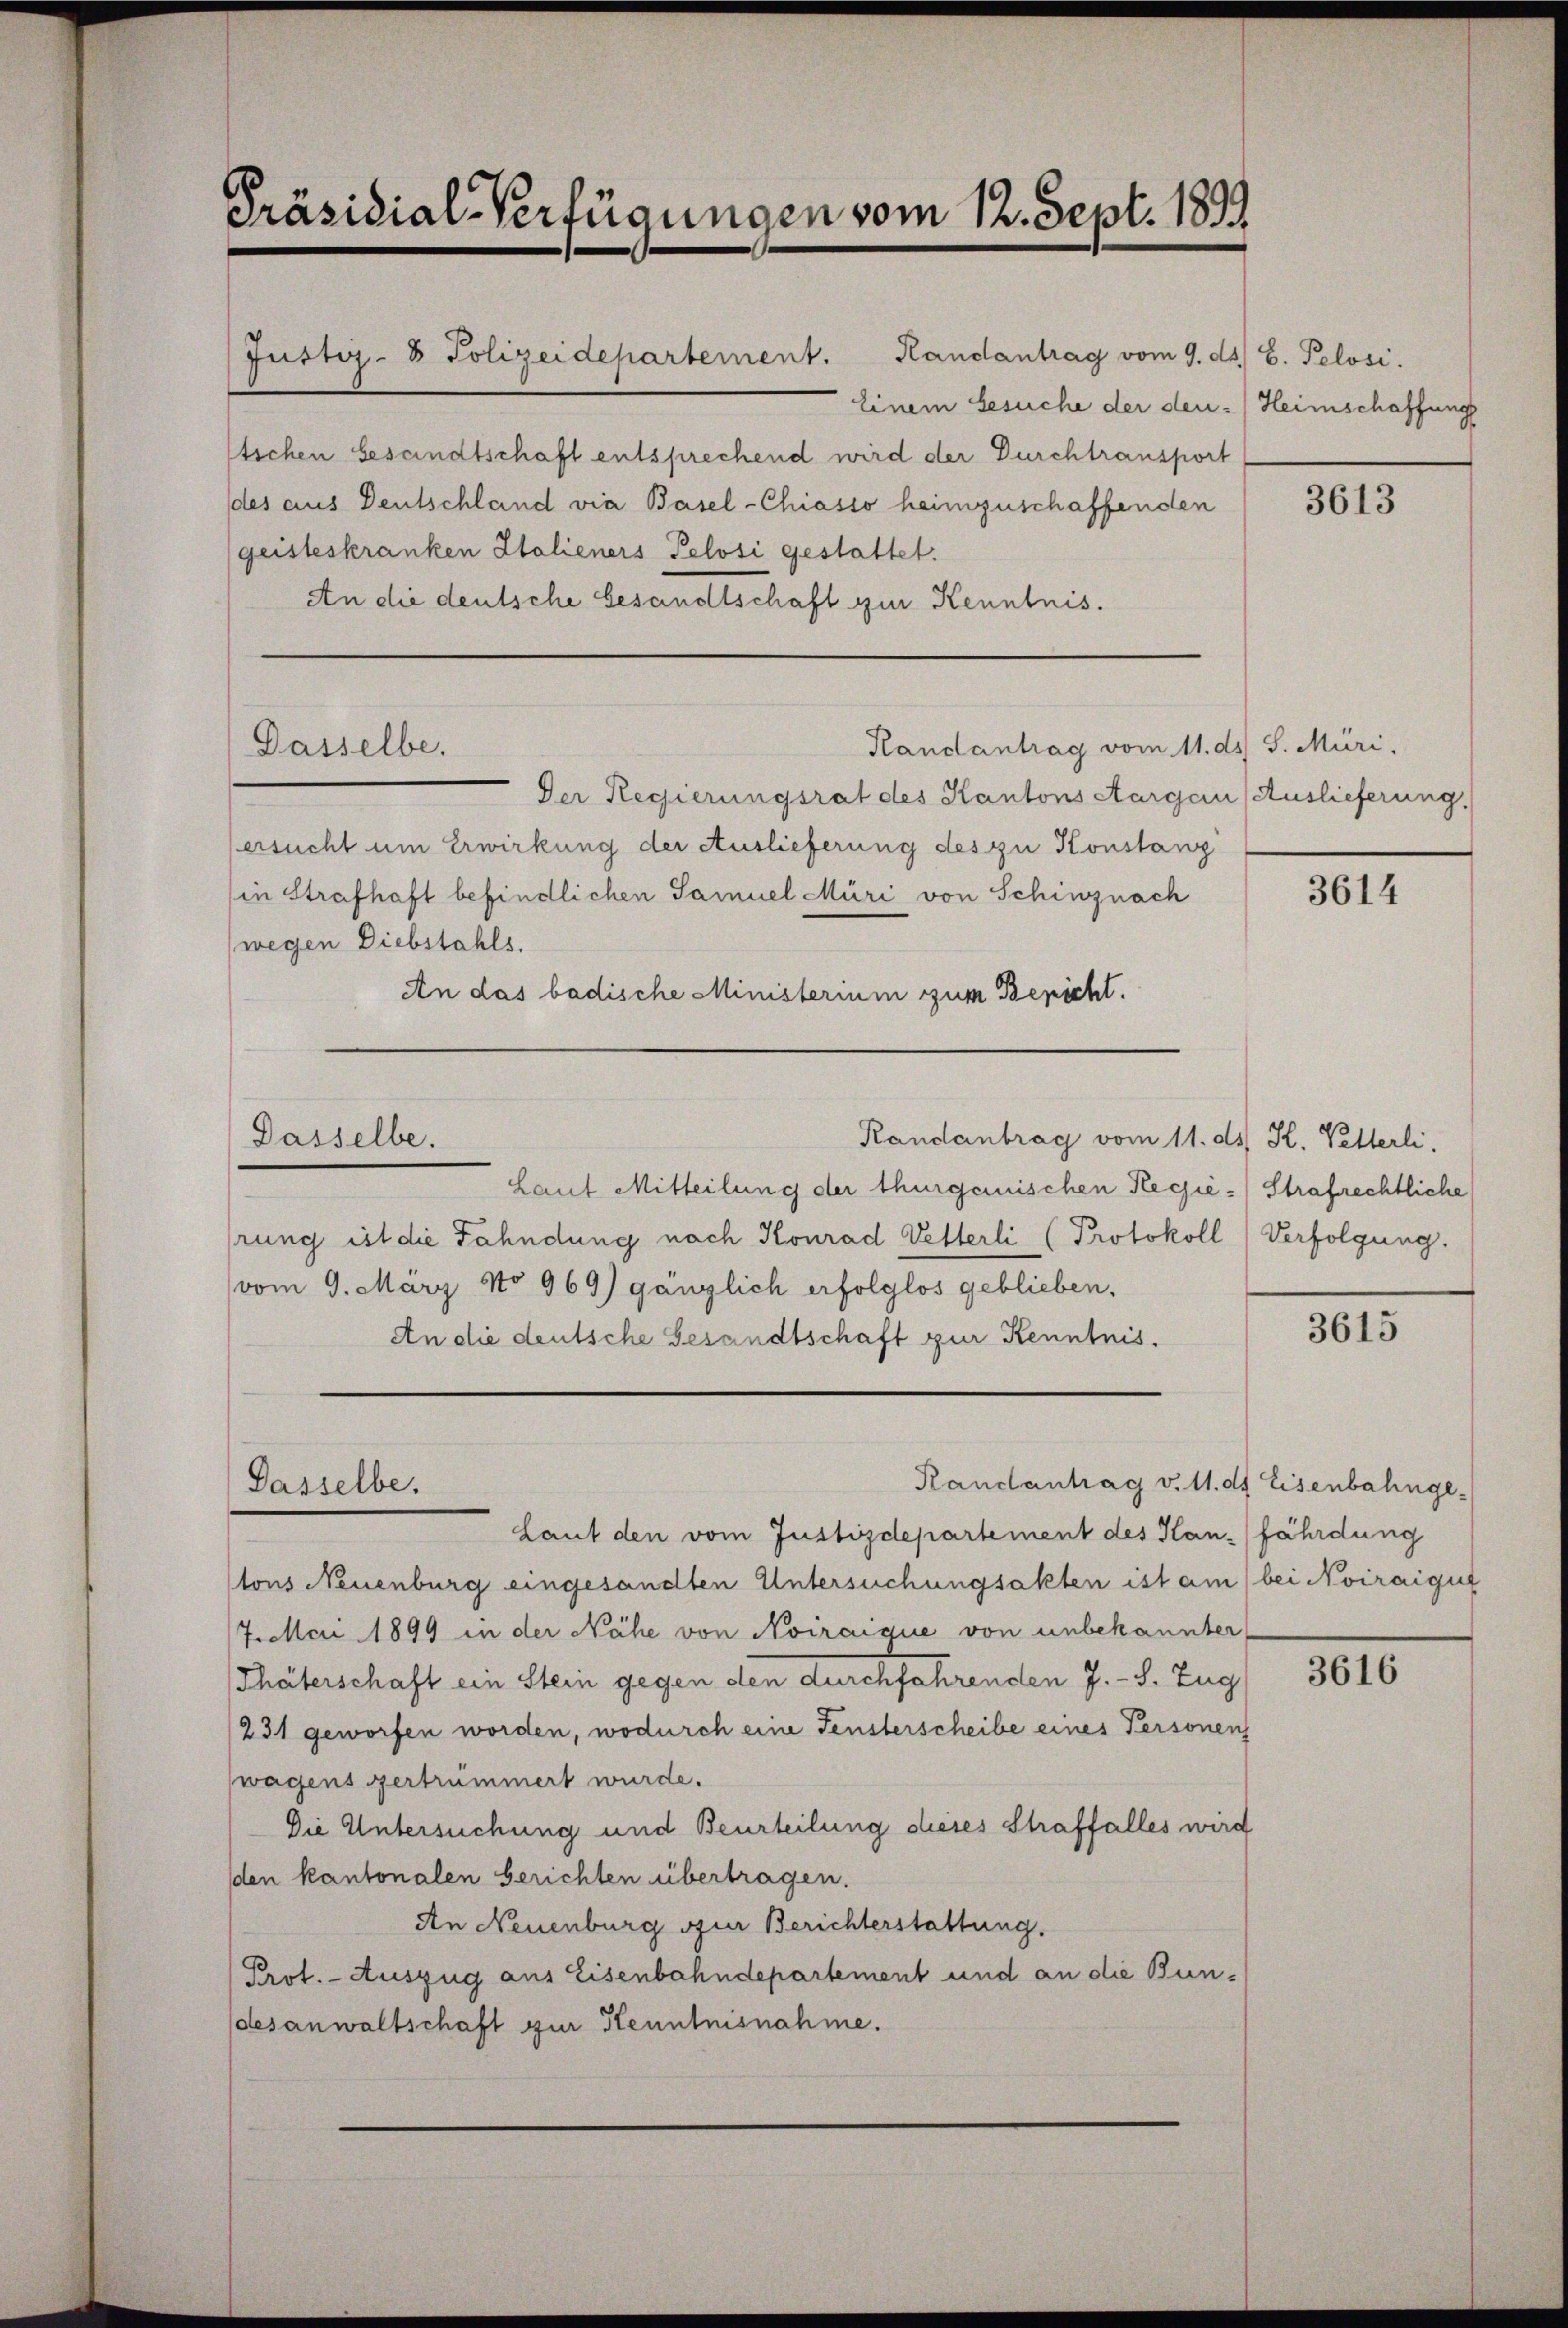
Präsidial-Verfügungen vom 12. Sept. 1899

Justiz- & Polizeidepartement. Handantrag vom 9. ds. 8. Pelosi
Einem Gesuche der den :/ Heimschaffung
stichen Gesandtschaft entsprechend wird der Durchtransport
des aus Deutschland via Basel-Chiasso heimzuschaffenden
geisteskranken Italieners Pelosi gestattet.
An die deutsche Gesandtschaft zur Kenntnis.

Dasselbe.

Dasselbe.

Der Regierungsrat des Kantons Aargau (Auslieferung.
ersucht um Erwirkung der Auslieferung des zu Konstanz
in Strafhaft befindlichen Samuel Müri von Schinznach
wegen Diebstahls.
An das badische Ministerium zum Bericht.
Randantrag vom 11. ds. K. Vetterli,
Dasselbe.
Laut Mitteilung der thurgauischen Regie-Strafrechtliche
rung ist die Fahndung nach Konrad Vetterli (Protokoll) Verfolgung.
vom 9. März No 969) gänzlich erfolglos geblieben,
An die deutsche Gesandtschaft zur Kenntnis.

Randantrag vom 11. ds. S. Müri,

Randantrag v. 11. d. Eisenbahnge¬

Laut den vom Justizdepartement des Han-(fährdung
tons Neuenburg eingesandten Untersuchungsakten ist am bei Noiraigut
J.Mai 1899 in der Nähe von Noiraique von unbekannter
Thäterschaft ein Stein gegen den durchfahrenden J. J. Zug
231 geworfen worden, wodurch eine Fensterscheibe eines Personen
wagens vertrümmert wurde.
Die Untersuchung und Beurteilung dieses Straffalles wird
den kantonalen berichten übertragen.
An Neuenburg zur Berichterstattung.
Prot. - Auszug aus Eisenbahndepartement und an die Bundesanwaltschaft zur Kenntnisnahme.

3613

3614

3615

3616